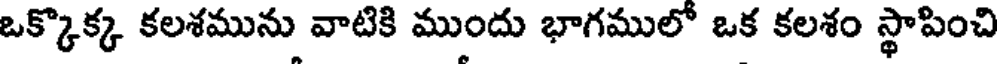
ఒక్కొక్క కలశమును వాటికి ముందు భాగములో ఒక కలశం స్థాపించి